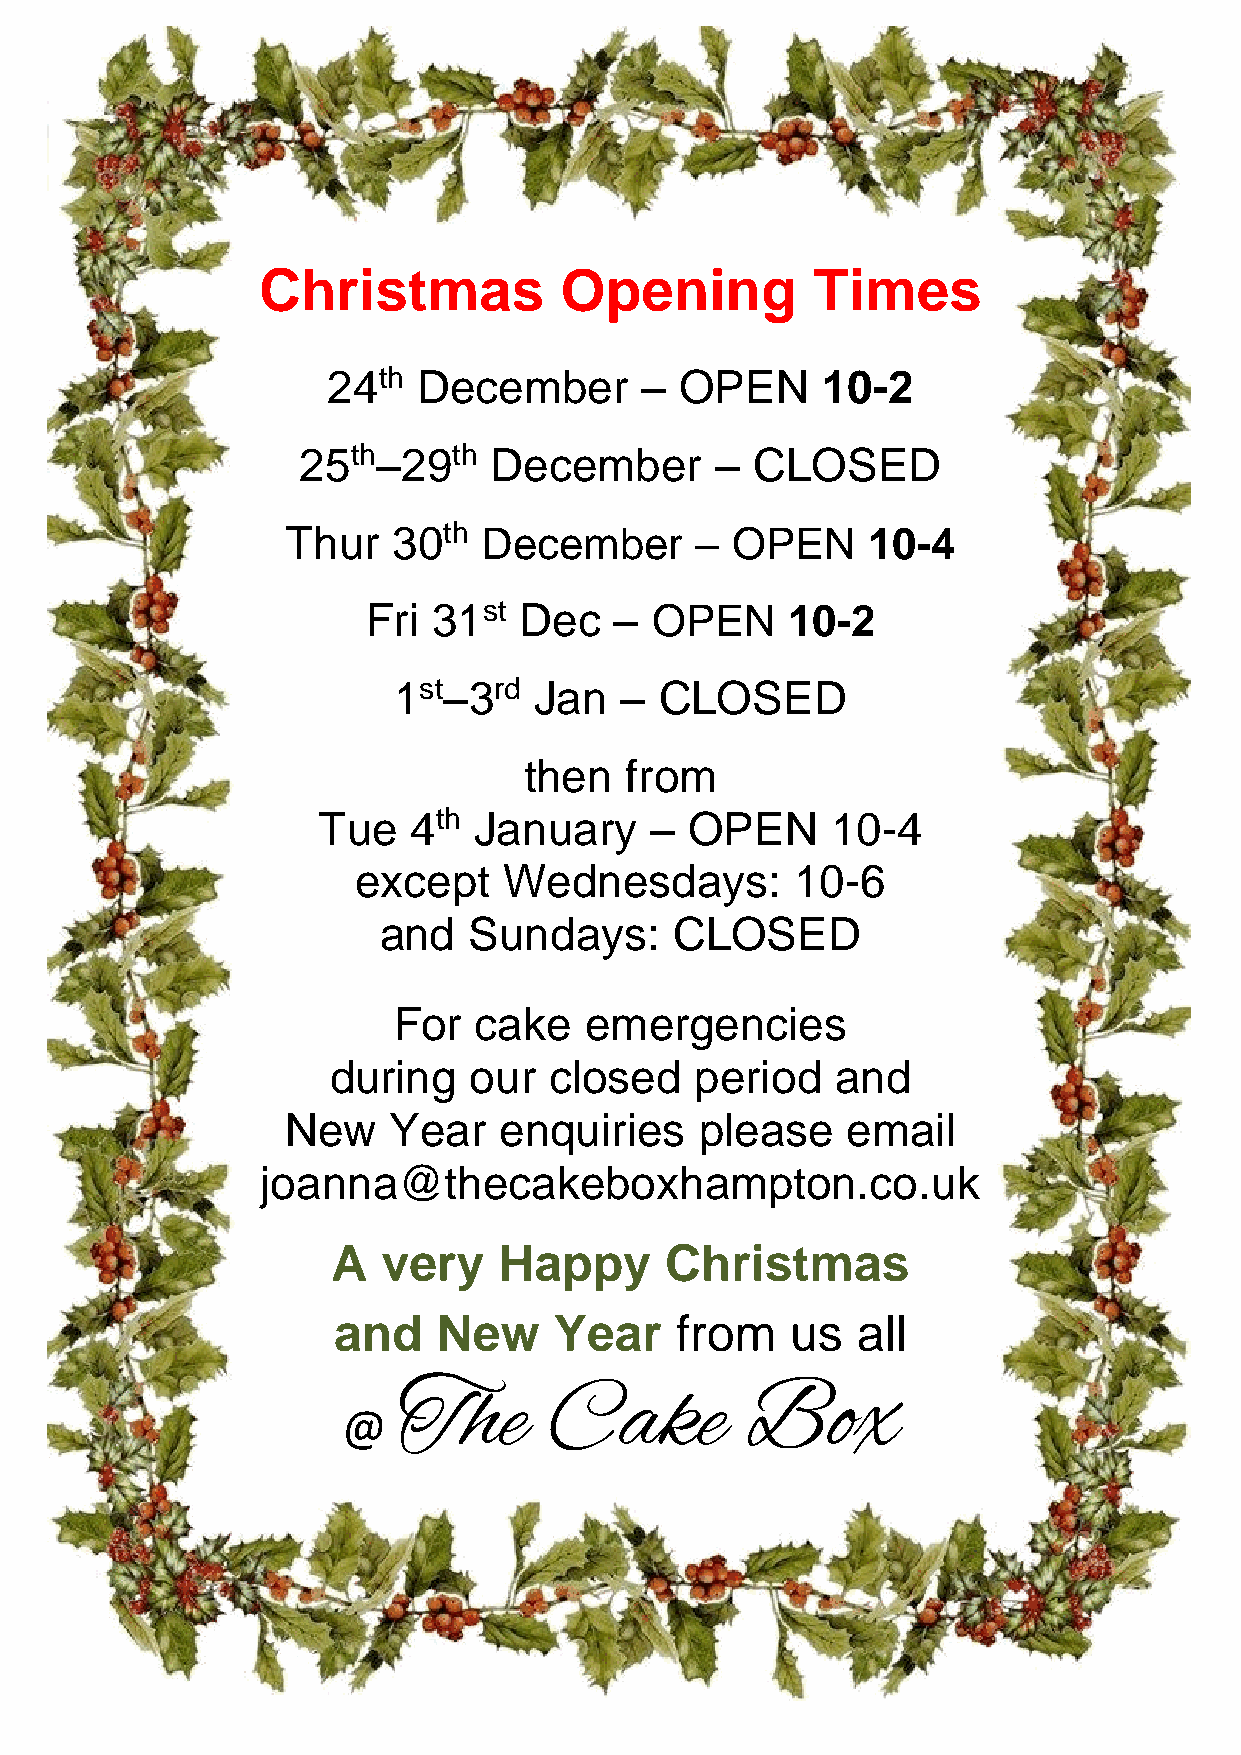
Christmas           Opening          Times
 24th  December      –  OPEN     10-2
 25th–29th   December       –  CLOSED
 Thur   30th  December      – OPEN     10-4
 Fri  31st Dec    – OPEN     10-2
 1st–3rd  Jan   –  CLOSED
 then  from
 Tue   4th January     –  OPEN     10-4
 except   Wednesdays:         10-6
 and   Sundays:      CLOSED
 For  cake    emergencies
 during   our  closed    period   and
 New    Year   enquiries    please    email
 joanna@thecakeboxhampton.co.uk
 A  very    Happy      Christmas
 and    New     Year    from   us   all
 The       Cake         Box
 @